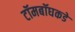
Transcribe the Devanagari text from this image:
टॉमबॉघकडे